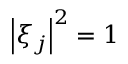
\left| \xi _ { j } \right| ^ { 2 } = 1